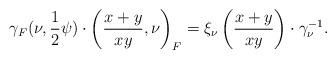
LaTeX: \begin{align*} \gamma_F(\nu, \frac{1}{2} \psi) \cdot \left( \frac{x+y}{xy}, \nu \right)_F = \xi_{\nu}\left( \frac{x+y}{xy} \right) \cdot \gamma_{\nu}^{-1}.\end{align*}